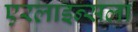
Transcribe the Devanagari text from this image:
एरलाइन्सला